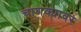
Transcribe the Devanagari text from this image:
चाणक्यावर